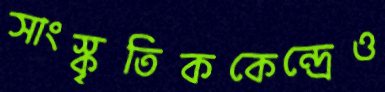
সাংস্কৃতিককেন্দ্রেও